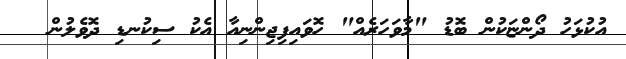
އުކުޅަހު ދޯންޏަކުން ބޮޑު "މާވަހަރެއް" ހޮވައިފިޖިންނިއާ އެކު ސިކުނޑި ދޮވެލުން